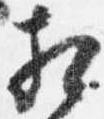
相